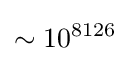
\sim 10^{8126}